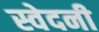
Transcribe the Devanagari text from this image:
स्वेदनी